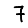
Digit: 7